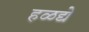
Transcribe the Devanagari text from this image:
हळद्ये